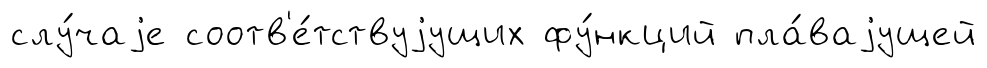
слу́чаjе соотв'е́тствуjущих фу́нкций пла́ваjущей